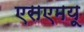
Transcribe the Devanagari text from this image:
एसएमयू